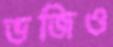
ভজিও